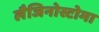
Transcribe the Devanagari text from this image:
लैजिनोस्टोमा